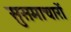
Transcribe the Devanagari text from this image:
सुसमाचारों